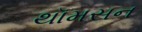
થૉમસન